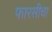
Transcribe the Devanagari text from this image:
फारसीचा